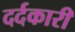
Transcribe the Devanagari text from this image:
दर्दकारी